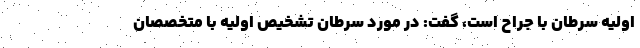
اولیه سرطان با جراح است، گفت: در مورد سرطان تشخیص اولیه با متخصصان